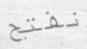
نفتح